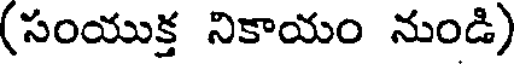
(సంయుక్త నికాయం నుండి)